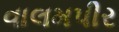
વાલમપીર